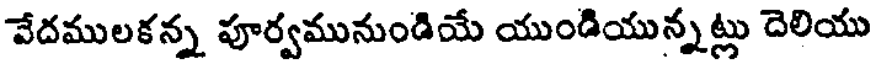
వేదములకన్న పూర్వమునుండియే యుండియున్నట్లు దెలియు